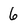
Character: 6